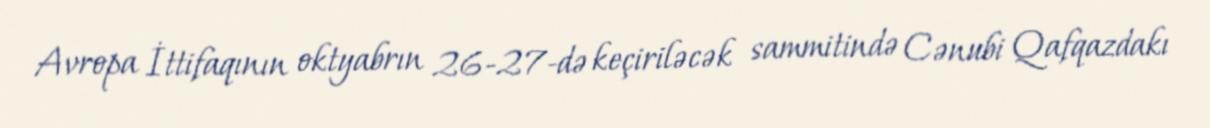
Avropa İttifaqının oktyabrın 26-27-də keçiriləcək sammitində Cənubi Qafqazdakı